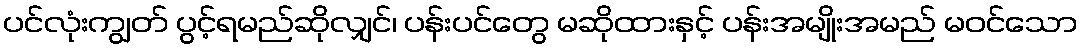
ပင်လုံးကျွတ် ပွင့်ရမည်ဆိုလျှင်၊ ပန်းပင်တွေ မဆိုထားနှင့် ပန်းအမျိုးအမည် မဝင်သော